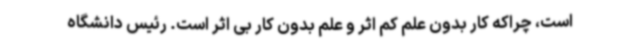
است، چراکه کار بدون علم کم اثر و علم بدون کار بی اثر است. رئیس دانشگاه